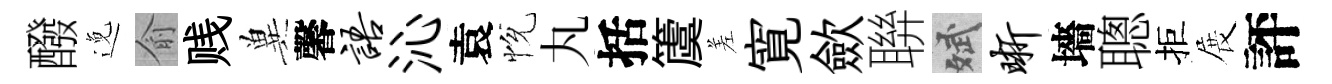
醱𨓜俞贱兾馨语沁袁恱丸括𥵂差寛歛聨斌晰墻聰拒展評